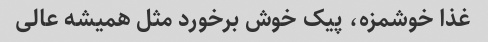
غذا خوشمزه، پیک خوش برخورد مثل همیشه عالی